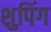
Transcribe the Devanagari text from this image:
शुपिंग